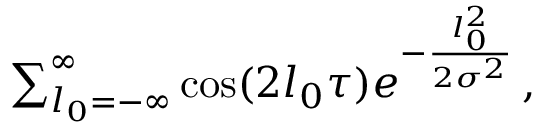
\begin{array} { r } { \sum _ { l _ { 0 } = - \infty } ^ { \infty } \cos ( 2 l _ { 0 } \tau ) e ^ { - \frac { l _ { 0 } ^ { 2 } } { 2 \sigma ^ { 2 } } } \, , } \end{array}